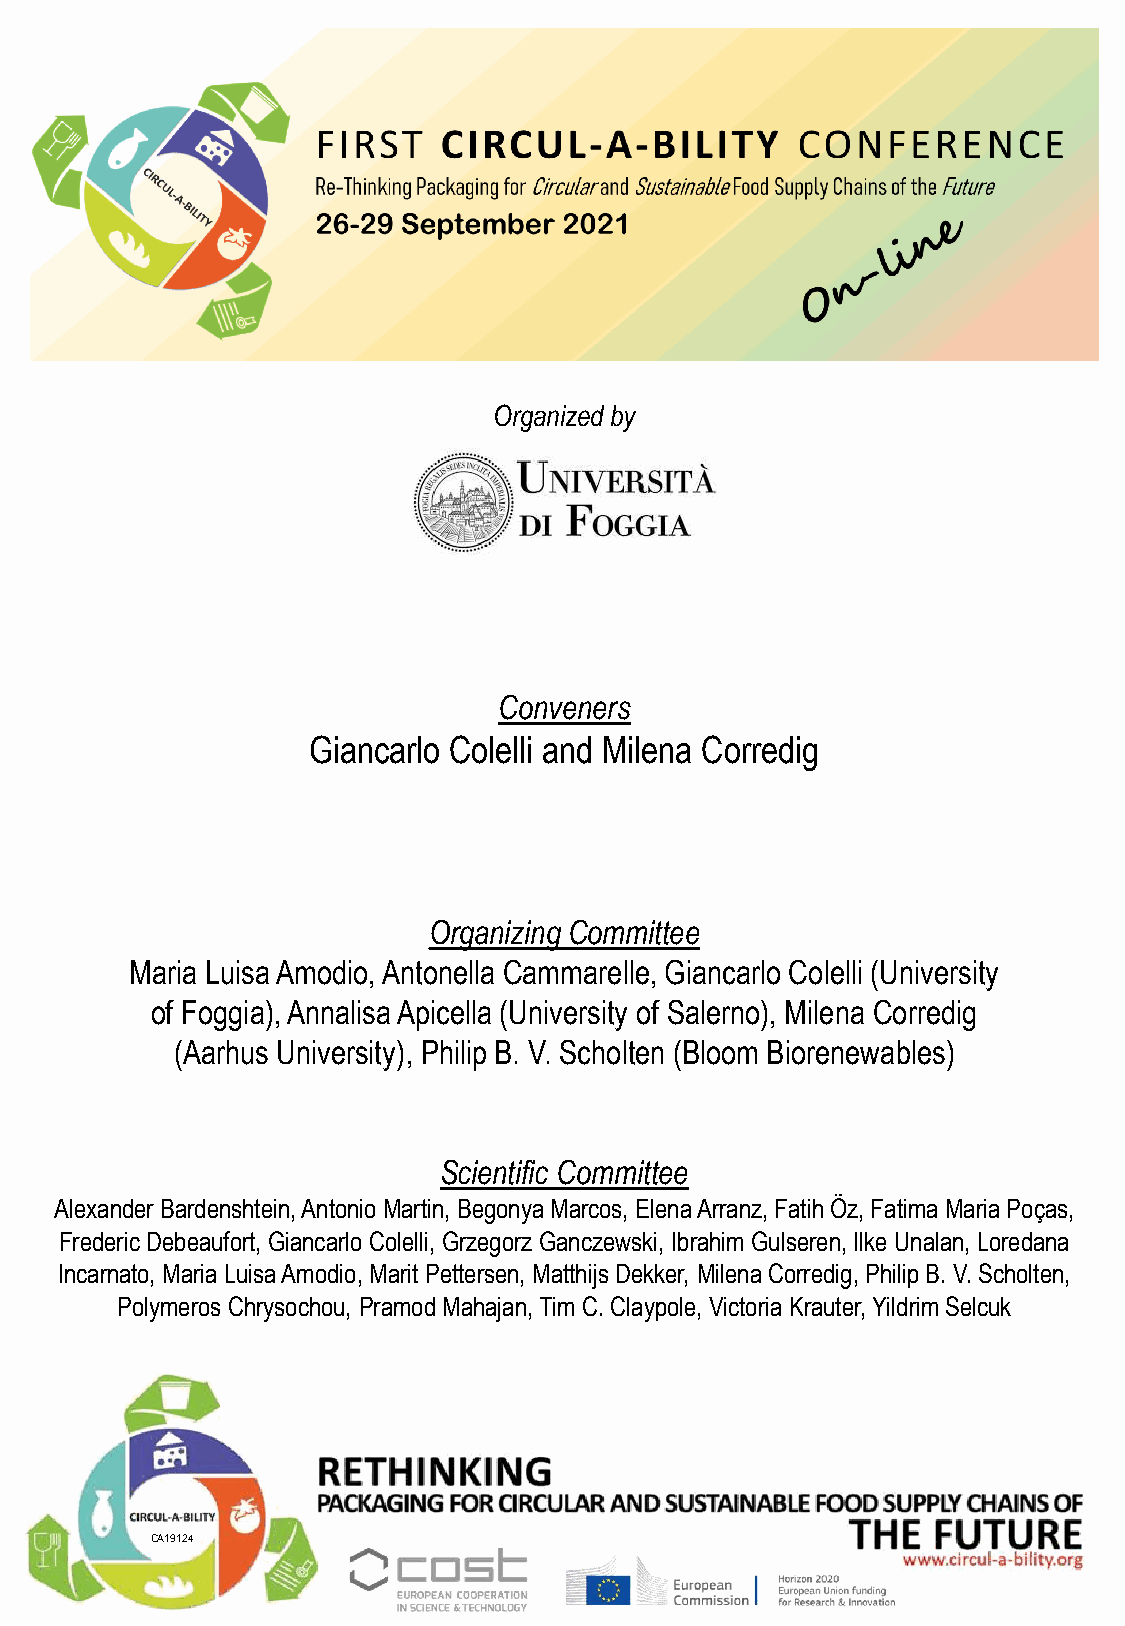
Organized by
 Conveners
 Giancarlo Colelli and Milena Corredig
 Organizing Committee
 Maria Luisa Amodio, Antonella Cammarelle, Giancarlo Colelli (University
 of Foggia), Annalisa Apicella (University of Salerno), Milena Corredig
 (Aarhus University), Philip B. V. Scholten (Bloom Biorenewables)
 Scientific Committee
 Alexander Bardenshtein, Antonio Martin, Begonya Marcos, Elena Arranz, Fatih Öz, Fatima Maria Poças,
 Frederic Debeaufort, Giancarlo Colelli, Grzegorz Ganczewski, Ibrahim Gulseren, Ilke Unalan, Loredana
 Incarnato, Maria Luisa Amodio, Marit Pettersen, Matthijs Dekker, Milena Corredig, Philip B. V. Scholten,
 Polymeros Chrysochou, PramodMahajan, Tim C. Claypole, Victoria Krauter, YildrimSelcuk
 CA19124